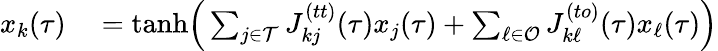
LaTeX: \begin{array}{rl}{x_{k}(\tau)}&{{}=\mathrm{tanh}\Big(\sum_{j\in\mathcal{T}}J_{kj}^{(tt)}(\tau)x_{j}(\tau)+\sum_{\ell\in\mathcal{O}}J_{k\ell}^{(to)}(\tau)x_{\ell}(\tau)\Big)}\end{array}